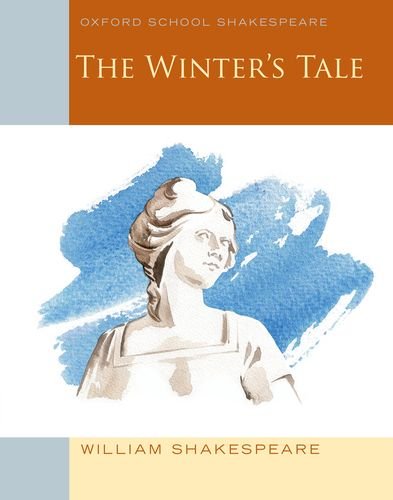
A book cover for The Winter's Tale: Oxford School Shakespeare (Oxford School Shakespeare Series); William Shakespeare; Literature & Fiction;